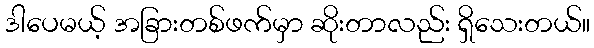
ဒါပေမယ့် အခြားတစ်ဖက်မှာ ဆိုးတာလည်း ရှိသေးတယ်။